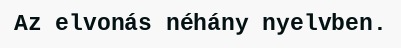
Az elvonás néhány nyelvben.